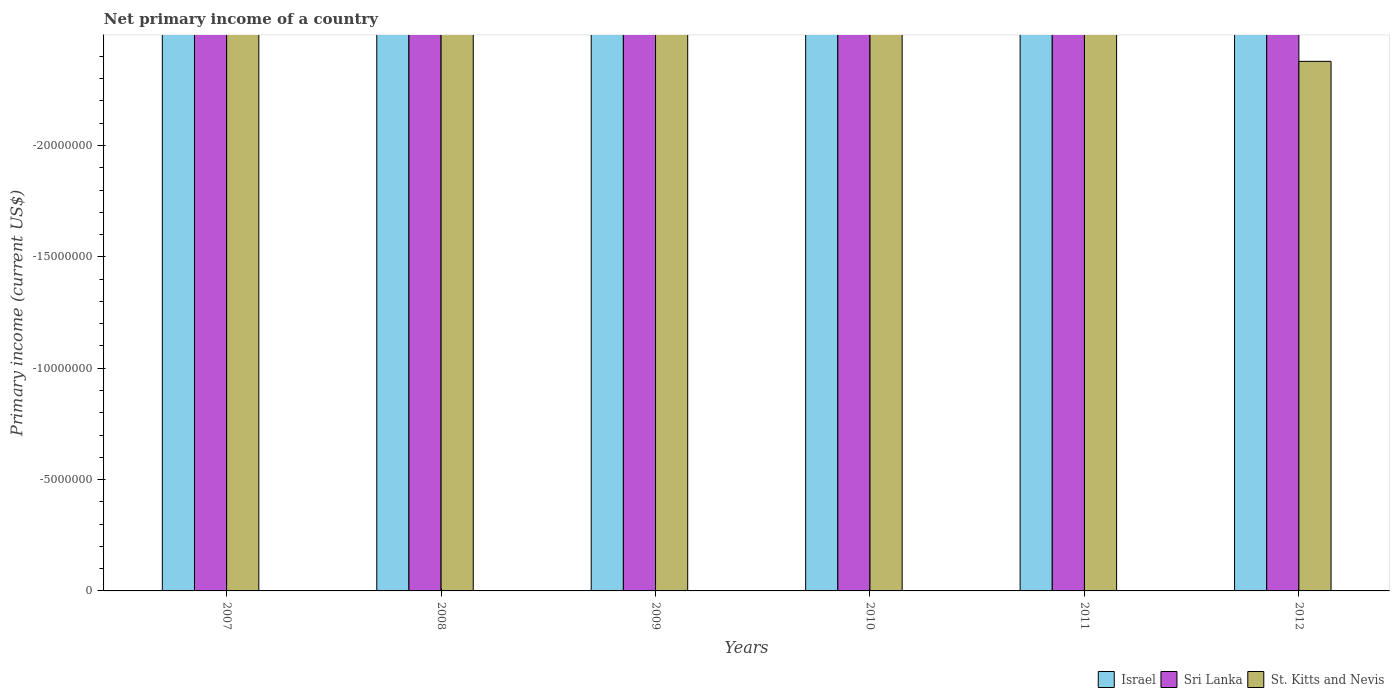
| Years | Israel | Sri Lanka | St. Kitts and Nevis |
 | --- | --- | --- | --- |
 | 2007 | -2.47e+08 | -3.58e+08 | -3.09e+07 |
 | 2008 | -4.03e+09 | -9.72e+08 | -3.41e+07 |
 | 2009 | -5.09e+09 | -4.88e+08 | -3.39e+07 |
 | 2010 | -5.18e+09 | -6.17e+08 | -2.92e+07 |
 | 2011 | -3.58e+09 | -6.47e+08 | -2.96e+07 |
 | 2012 | -6.87e+09 | -1.25e+09 | -2.38e+07 |